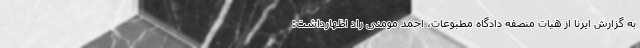
به گزارش ایرنا از هیات منصفه دادگاه مطبوعات، احمد مومنی راد اظهارداشت: